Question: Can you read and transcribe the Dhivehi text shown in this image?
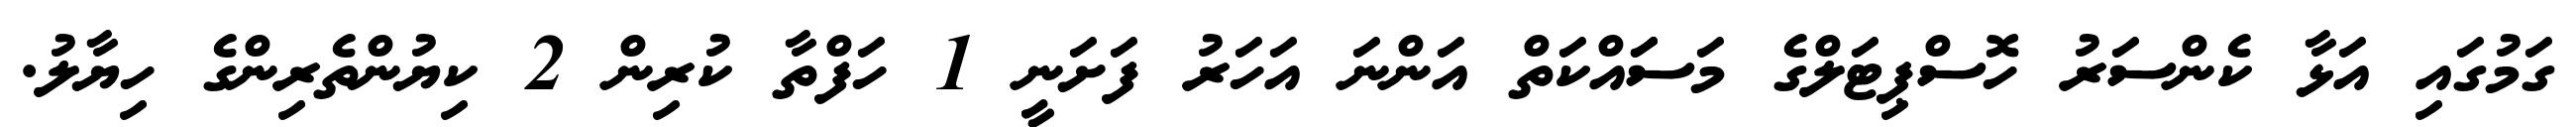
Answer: ގަމުގައި އަޅާ ކެންސަރު ހޮސްޕިޓަލްގެ މަސަައްކަތް އަންނަ އަހަރު ފަށަނީ 1 ހަފްތާ ކުރިން 2 ކިޔުންތެރިންގެ ހިޔާލު.